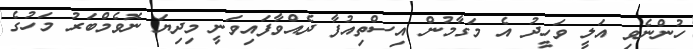
ހުންނެވި އަލީ ވަހީދު އެ މަގާމުން އިސްތިއުފާ ދެއްވާފައިވަނީ މިދިޔަ ނޮވެމްބަރު މަހުގެ